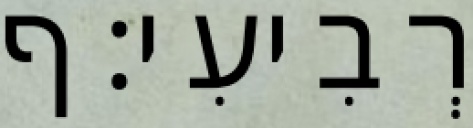
רְבִיעִי׃ ף